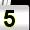
Digit: 5